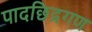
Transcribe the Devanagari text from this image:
पादछिद्रगण